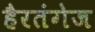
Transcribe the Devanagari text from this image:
हैरतंगेज